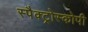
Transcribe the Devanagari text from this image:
स्पैक्ट्रोस्कोपी